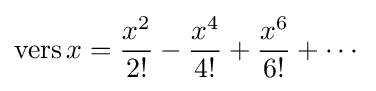
\operatorname {vers} x={\frac {x^{2}}{2!}}-{\frac {x^{4}}{4!}}+{\frac {x^{6}}{6!}}+\cdots